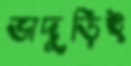
ভাদুড়িই